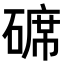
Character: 𥔷